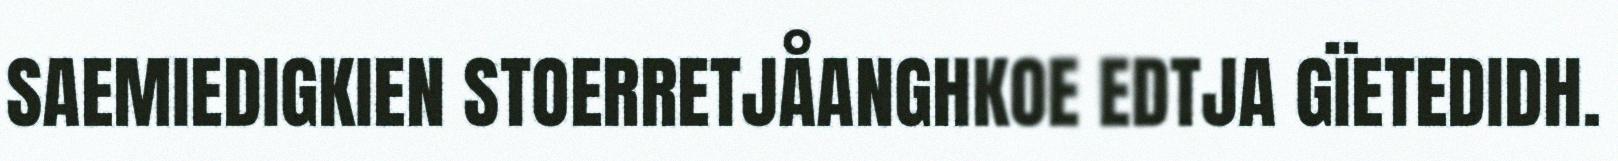
SAEMIEDIGKIEN STOERRETJÅANGHKOE EDTJA GÏETEDIDH.